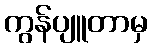
ကွန်ပျူတာမှ